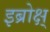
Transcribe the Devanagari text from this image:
इब्रोक्ष्